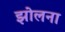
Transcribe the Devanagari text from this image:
झोलना